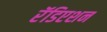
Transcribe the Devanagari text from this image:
रॅडिएशन